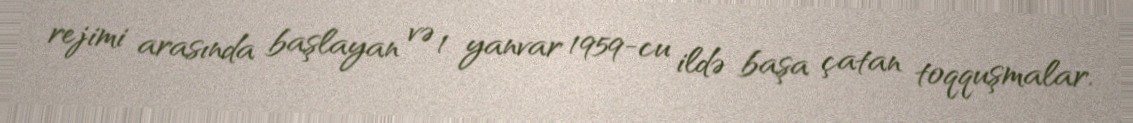
rejimi arasında başlayan və 1 yanvar 1959-cu ildə başa çatan toqquşmalar.